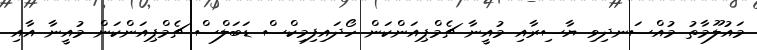
މައުލޫމާތު މުއްސަނދިވި ޔާސިރާއި މުއީނާ ޗެމްޕިއަންކަން ހޯދައިފިމިކްސް ޑަބަލްސް ޗެމްޕިއަންކަން މުއީނާ އާއި